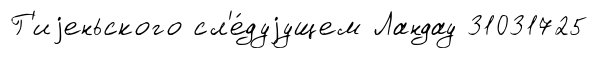
Г'иjеньского сл'е́дуjущем Ландау 31031725